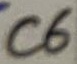
Text: C6